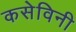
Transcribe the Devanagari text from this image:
कसेविनी